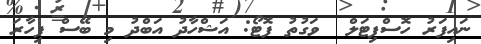
ނައިފަރު ހޮސްޕިޓަލް  ވަގުތު ފޮޓޯ: އަޝްހާދު އަބްދު މި ބޭސް ފިހާރަ